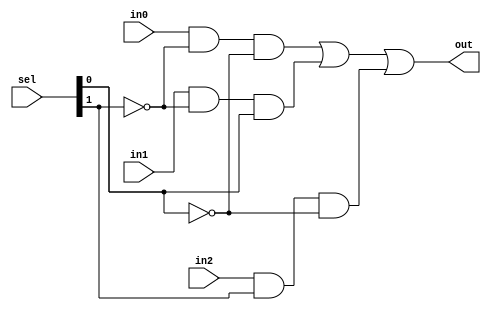
module mux1_3to1(in0, in1, in2, sel, out);
    input in0, in1, in2;
    input [1:0] sel;
    output out;

    wire a0, a1, a2, sel00, sel10;
    not n1(sel00, sel[0]);
    not n2(sel10, sel[1]);

    and an0(a0, in0, sel10, sel00);
    and an1(a1, in1, sel10, sel[0]);
    and an2(a2, in2, sel[1], sel00);

    or o1(out, a0, a1, a2);
endmodule